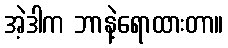
အဲ့ဒါက ဘာနဲ့ရောထားတာ။